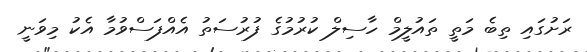
ރަށުގައި ތިބެ މަތީ ތައުލީމް ހާސިލް ކުރުމުގެ ފުރުސަތު އެއްފަސްވުމާ އެކު މިވަނީ